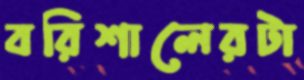
বরিশালেরটা